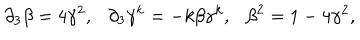
LaTeX: { \partial } _ { 3 } \beta = 4 { \gamma } ^ { 2 } , { \partial } _ { 3 } { \gamma } ^ { k } = - k \beta { \gamma } ^ { k } , { \beta } ^ { 2 } = 1 - 4 { \gamma } ^ { 2 } ,